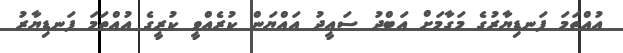
އުއްތަމަ ފަނޑިޔާރުގެ މަގާމަށް އަބްދު ސައީދު އައްޔަން ކުރެއްވީ ކުރީގެ އުއްތަމަ ފަނޑިޔާރު